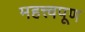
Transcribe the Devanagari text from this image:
महत्त्वपूण